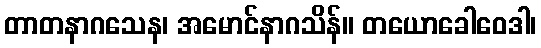
တာတနာဂသေန၊ အမောင်နာဂသိန်။ တယောခေါဝေဒါ၊